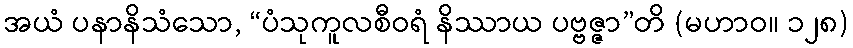
အယံ ပနာနိသံသော, “ပံသုကူလစီဝရံ နိဿာယ ပဗ္ဗဇ္ဇာ”တိ (မဟာဝ။ ၁၂၈)